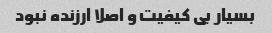
بسیار بی کیفیت و اصلا ارزنده نبود